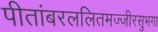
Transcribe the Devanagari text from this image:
पीतांबरललितमज्जीरसुभगा